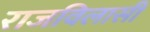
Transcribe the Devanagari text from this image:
राजविलासी